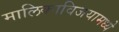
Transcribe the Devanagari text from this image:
मालिकाविजयामध्ये